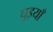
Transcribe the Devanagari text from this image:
घुइयाँ